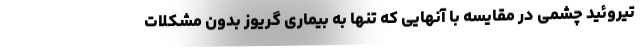
تیروئید چشمی در مقایسه با آنهایی که تنها به بیماری گریوز بدون مشکلات